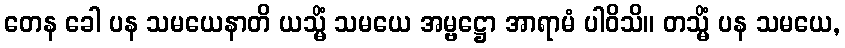
တေန ခေါ ပန သမယေနာတိ ယသ္မိံ သမယေ အမ္ဗဋ္ဌော အာရာမံ ပါဝိသိ။ တသ္မိံ ပန သမယေ,